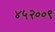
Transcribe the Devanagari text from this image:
४५२००९